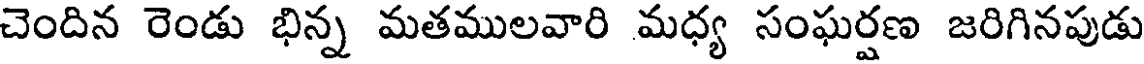
చెందిన రెండు భిన్న మతములవారి మధ్య సంఘర్షణ జరిగినపుడు